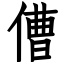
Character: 傮